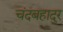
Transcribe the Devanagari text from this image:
चंदबहादुर